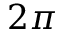
2 \pi